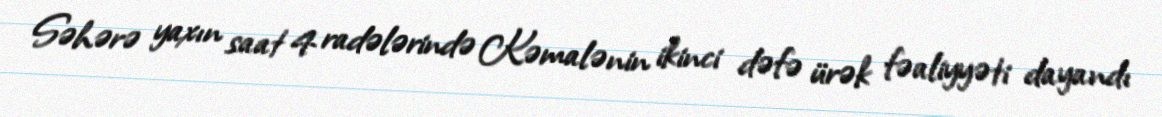
Səhərə yaxın saat 4 radələrində Kəmalənin ikinci dəfə ürək fəaliyyəti dayandı